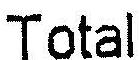
TOTAL